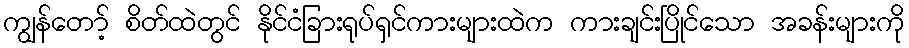
ကျွန်တော့် စိတ်ထဲတွင် နိုင်ငံခြားရုပ်ရှင်ကားများထဲက ကားချင်းပြိုင်သော အခန်းများကို